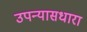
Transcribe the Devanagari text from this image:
उपन्यासधारा